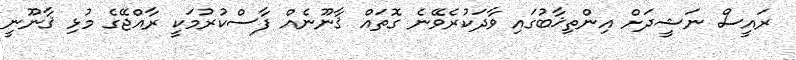
ރައީސް ނަޝީދަށް އިންތިޚާބުގައި ވާދަކުރެވޭނެ ގޮތައް ޤާނޫނެއް ފާސްކުރުމަކީ ރާއްޖޭގެ މުޅި ޤާނޫނީ